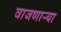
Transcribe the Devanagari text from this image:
वाजणार्‍या